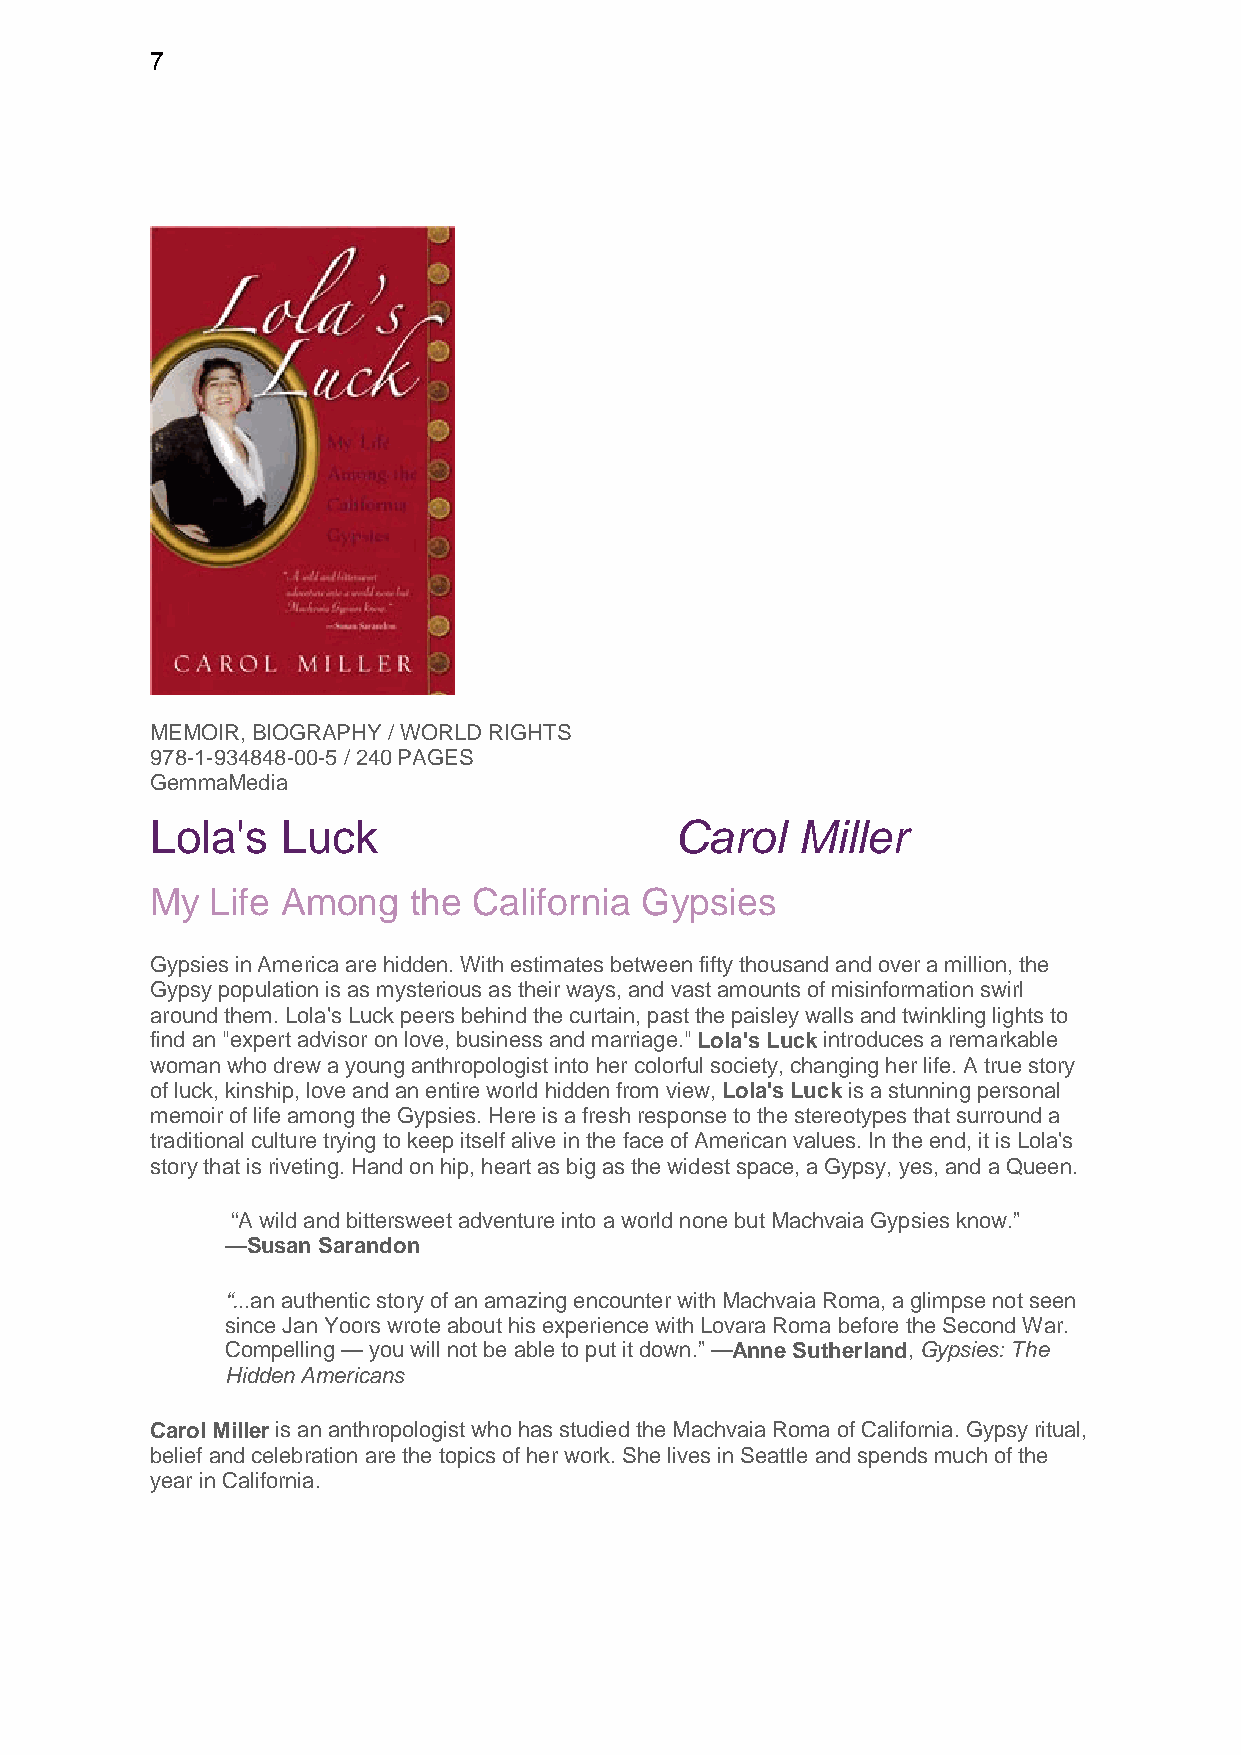
7
 MEMOIR, BIOGRAPHY / WORLD RIGHTS
 978-1-934848-00-5 / 240 PAGES
 GemmaMedia
 Lola's   Luck                      Carol   Miller
 My  Life Among   the California Gypsies
 Gypsies in America are hidden. With estimates between fifty thousand and over a million, the
 Gypsy population is as mysterious as their ways, and vast amounts of misinformation swirl
 around them. Lola's Luck peers behind the curtain, past the paisley walls and twinkling lights to
 find an "expert advisor on love, business and marriage." Lola's Luck introduces a remarkable
 woman who drew a young anthropologist into her colorful society, changing her life. A true story
 of luck, kinship, love and an entire world hidden from view, Lola's Luck is a stunning personal
 memoir of life among the Gypsies. Here is a fresh response to the stereotypes that surround a
 traditional culture trying to keep itself alive in the face of American values. In the end, it is Lola's
 story that is riveting. Hand on hip, heart as big as the widest space, a Gypsy, yes, and a Queen.
 “A wild and bittersweet adventure into a world none but Machvaia Gypsies know.”
 —Susan Sarandon
 “...an authentic story of an amazing encounter with Machvaia Roma, a glimpse not seen
 since Jan Yoors wrote about his experience with Lovara Roma before the Second War.
 Compelling — you will not be able to put it down.” —Anne Sutherland, Gypsies: The
 Hidden Americans
 Carol Miller is an anthropologist who has studied the Machvaia Roma of California. Gypsy ritual,
 belief and celebration are the topics of her work. She lives in Seattle and spends much of the
 year in California.